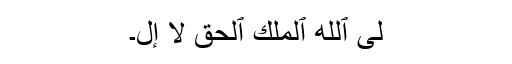
ٰلَى ٱللَّهُ ٱلۡمَلِكُ ٱلۡحَقُّ‌ۖ لَآ إِلَ۔